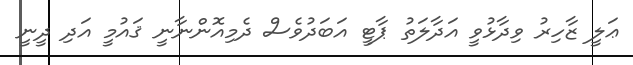
ޢަލީ ޒާހިރު ވިދާޅުވީ އަދާލަތުު ޕާޓީ އަބަދުވެސް ދެމިއޮންނާނީ ޤައުމީ އަދި ދީނީ